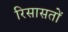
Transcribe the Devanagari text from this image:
रिसासतों